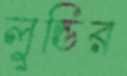
লুন্ডির